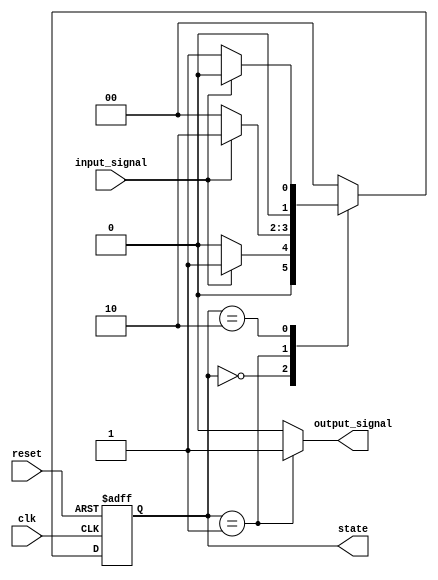
module moore_state_machine (
    input wire clk,          // Clock input
    input wire reset,        // Asynchronous reset input
    input wire input_signal, // Input signal for state transitions
    output reg [1:0] state,  // Current state output (2 bits)
    output reg output_signal  // Output signal based on current state
);

    // State encoding
    localparam S0 = 2'b00; // State 0
    localparam S1 = 2'b01; // State 1
    localparam S2 = 2'b10; // State 2

    // State register
    always @(posedge clk or posedge reset) begin
        if (reset) begin
            state <= S0; // Initialize to state S0 on reset
        end else begin
            case (state)
                S0: begin
                    if (input_signal) begin
                        state <= S1; // Transition from S0 to S1
                    end else begin
                        state <= S0; // Stay in S0
                    end
                end
                S1: begin
                    if (input_signal) begin
                        state <= S2; // Transition from S1 to S2
                    end else begin
                        state <= S0; // Transition from S1 to S0
                    end
                end
                S2: begin
                    if (input_signal) begin
                        state <= S0; // Transition from S2 to S0
                    end else begin
                        state <= S1; // Transition from S2 to S1
                    end
                end
                default: state <= S0; // Default to S0
            endcase
        end
    end

    // Output logic based on current state (Moore machine)
    always @(state) begin
        case (state)
            S0: output_signal = 1'b0; // Output for state S0
            S1: output_signal = 1'b1; // Output for state S1
            S2: output_signal = 1'b0; // Output for state S2
            default: output_signal = 1'b0; // Default output
        endcase
    end

endmodule